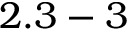
2 . 3 - 3